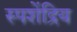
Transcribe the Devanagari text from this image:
स्पशेंद्रिय